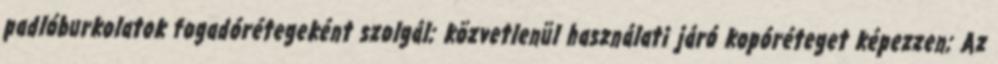
padlóburkolatok fogadórétegeként szolgál; közvetlenül használati járó kopóréteget képezzen; Az